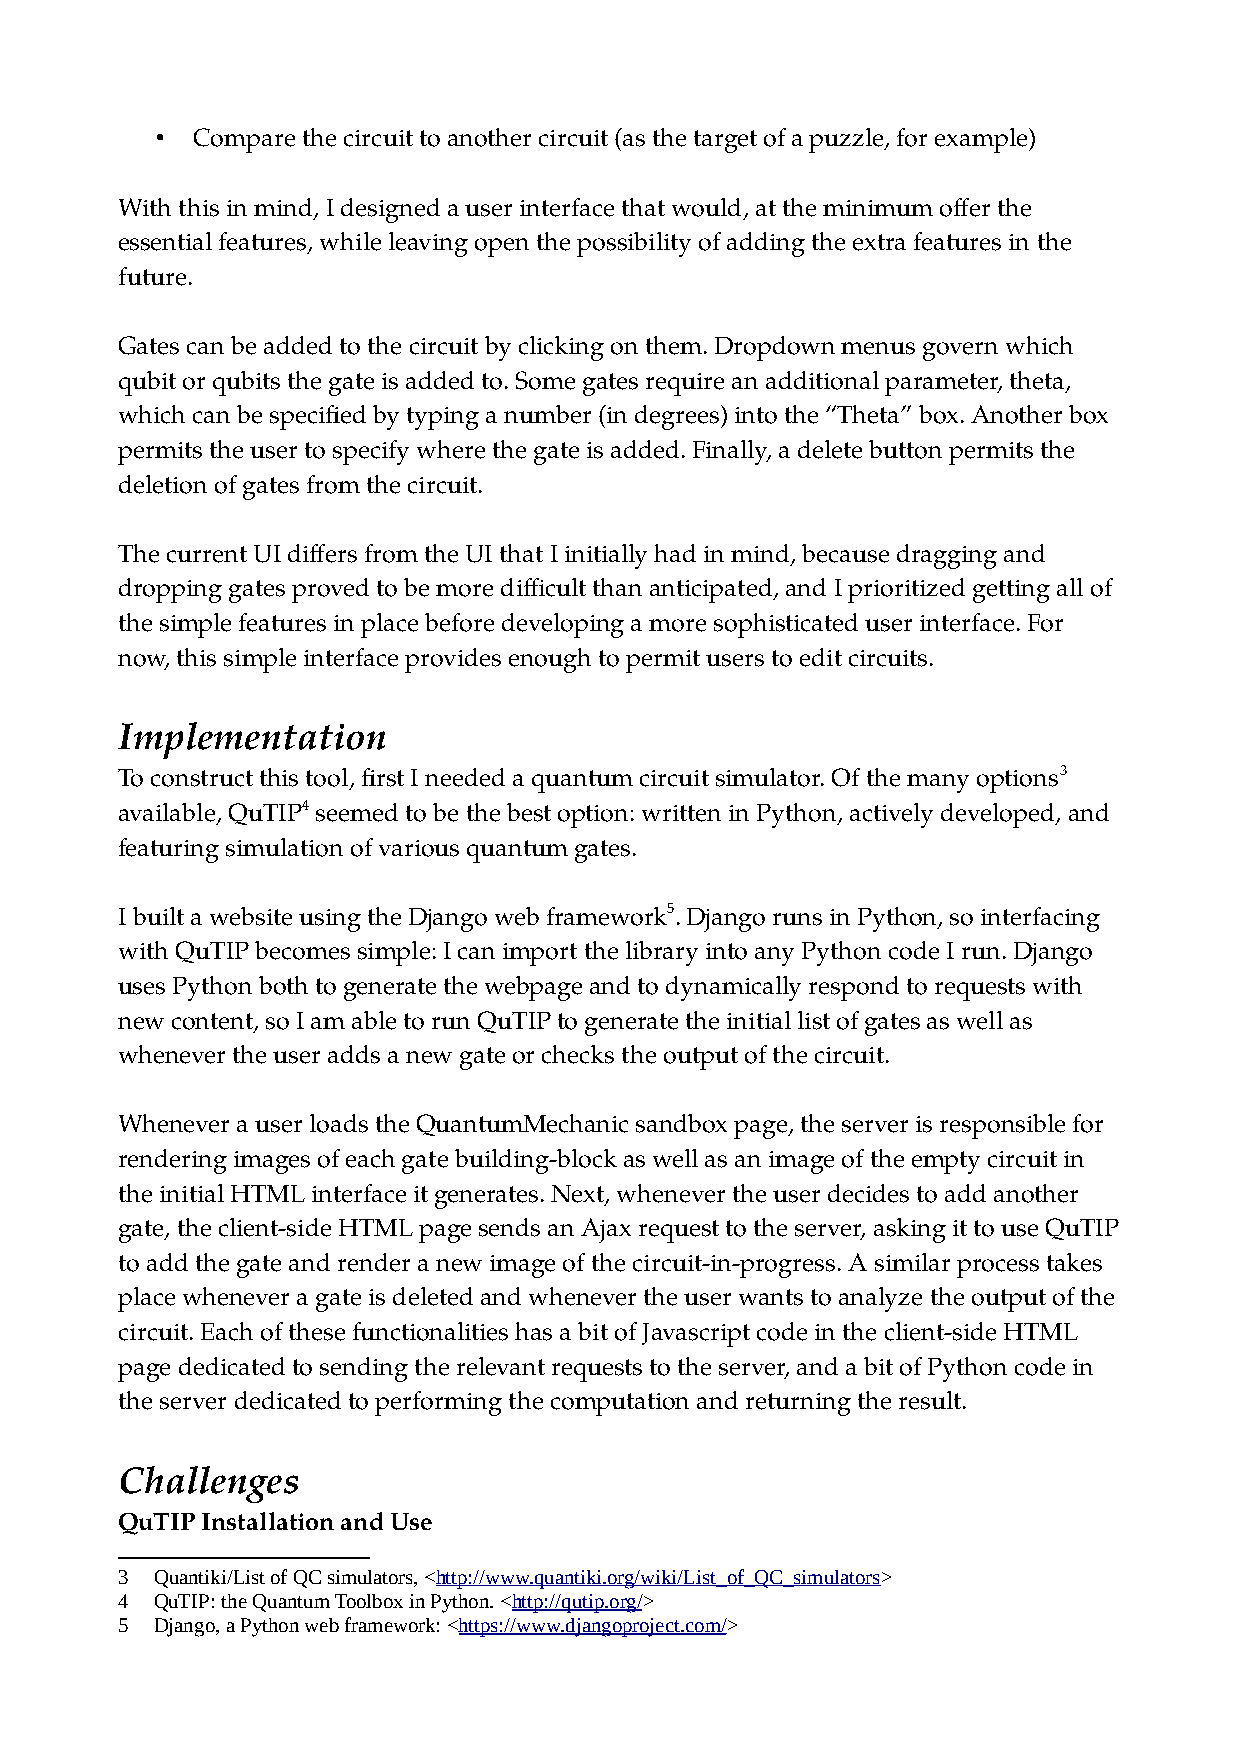
•  Compare the circuit to another circuit (as the target of a puzzle, for example)
 With this in mind, I designed a user interface that would, at the minimum offer the
 essential features, while leaving open the possibility of adding the extra features in the
 future.
 Gates can be added to the circuit by clicking on them. Dropdown menus govern which
 qubit or qubits the gate is added to. Some gates require an additional parameter, theta,
 which can be specified by typing a number (in degrees) into the “Theta” box. Another box
 permits the user to specify where the gate is added. Finally, a delete button permits the
 deletion of gates from the circuit.
 The current UI differs from the UI that I initially had in mind, because dragging and
 dropping gates proved to be more difficult than anticipated, and I prioritized getting all of
 the simple features in place before developing a more sophisticated user interface. For
 now, this simple interface provides enough to permit users to edit circuits.
 Implementation
 To construct this tool, first I needed a quantum circuit simulator. Of the many options3
 available, QuTIP4 seemed to be the best option: written in Python, actively developed, and
 featuring simulation of various quantum gates.
 I built a website using the Django web framework5. Django runs in Python, so interfacing
 with QuTIP becomes simple: I can import the library into any Python code I run. Django
 uses Python both to generate the webpage and to dynamically respond to requests with
 new content, so I am able to run QuTIP to generate the initial list of gates as well as
 whenever the user adds a new gate or checks the output of the circuit.
 Whenever a user loads the QuantumMechanic sandbox page, the server is responsible for
 rendering images of each gate building-block as well as an image of the empty circuit in
 the initial HTML interface it generates. Next, whenever the user decides to add another
 gate, the client-side HTML page sends an Ajax request to the server, asking it to use QuTIP
 to add the gate and render a new image of the circuit-in-progress. A similar process takes
 place whenever a gate is deleted and whenever the user wants to analyze the output of the
 circuit. Each of these functionalities has a bit of Javascript code in the client-side HTML
 page dedicated to sending the relevant requests to the server, and a bit of Python code in
 the server dedicated to performing the computation and returning the result.
 Challenges
 QuTIP Installation and Use
 3 Quantiki/List of QC simulators, <http://www.quantiki.org/wiki/List_of_QC_simulators>
 4 QuTIP: the Quantum Toolbox in Python. <http://qutip.org/>
 5 Django, a Python web framework: <https://www.djangoproject.com/>